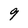
Character: 9